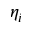
\eta _ { i }